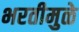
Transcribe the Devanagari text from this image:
भरतीमुळे